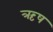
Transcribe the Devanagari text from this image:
ऋष